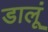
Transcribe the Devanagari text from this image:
डालूं